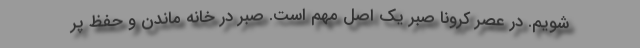
شویم. در عصر کرونا صبر یک اصل مهم است. صبر در خانه ماندن و حفظ پر